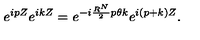
e ^ { i p Z } e ^ { i k Z } = e ^ { - i \frac { R ^ { N } } { 2 } p { \theta } k } e ^ { i ( p + k ) Z } .